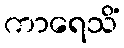
ကာရေသိံ